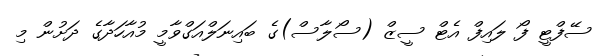
ސޭފްޓީ ފޯ ލައިފް އެޓް ސީޒް (ސޯލާސް)ގެ ބައިނަލްއަގްވާމީ މުއާހަދާގެ ދަށުން މި